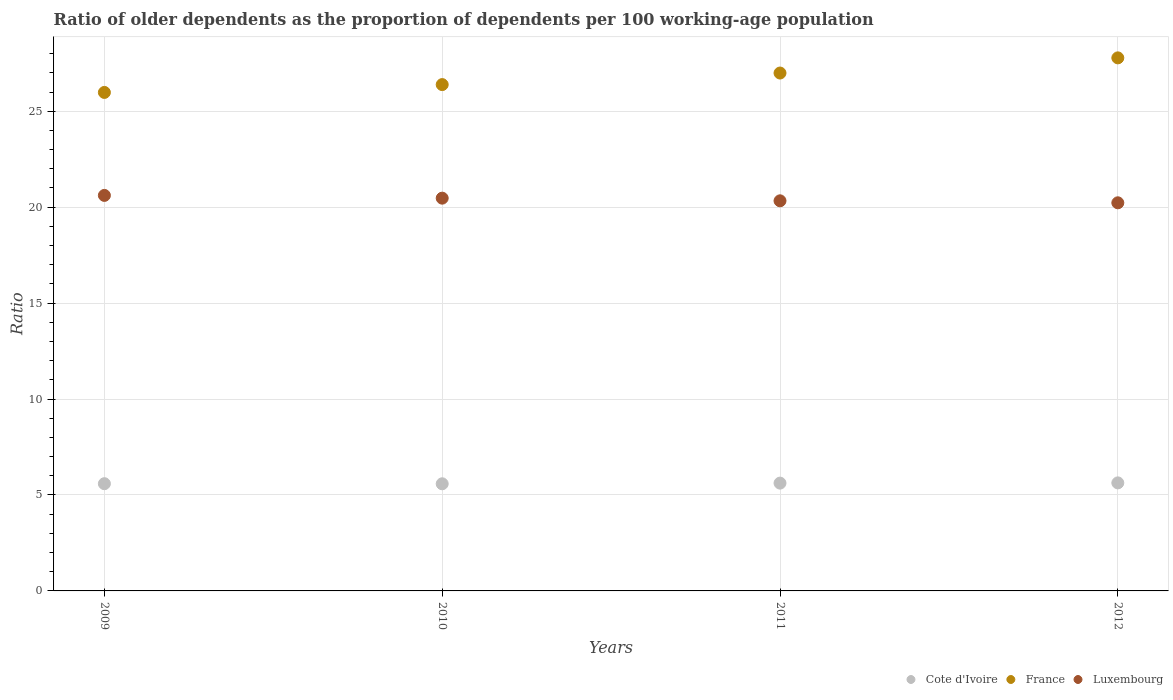
| Years | Cote d'Ivoire | France | Luxembourg |
 | --- | --- | --- | --- |
 | 2009 | 5.59 | 26 | 20.6 |
 | 2010 | 5.58 | 26.4 | 20.5 |
 | 2011 | 5.62 | 27 | 20.3 |
 | 2012 | 5.63 | 27.8 | 20.2 |